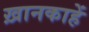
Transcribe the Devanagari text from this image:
ख़ानकाहें